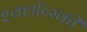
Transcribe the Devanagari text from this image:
श्क्लॉव्स्की